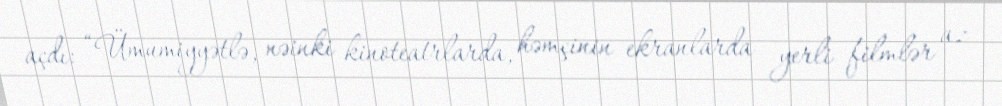
açdı: “Ümumiyyətlə, nəinki kinoteatrlarda, həmçinin ekranlarda yerli filmlər az